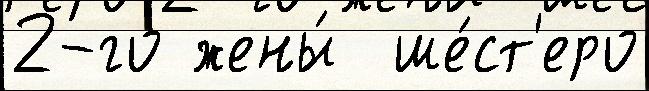
2-го жены́  ше́ст'еро